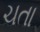
ચતા